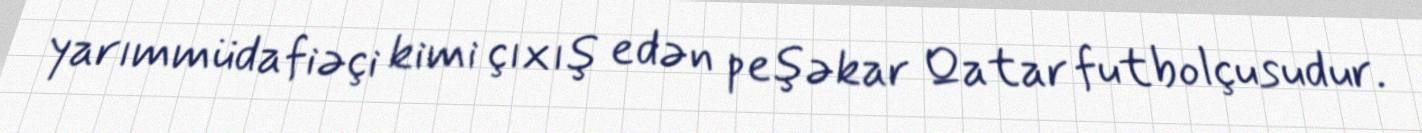
yarımmüdafiəçi kimi çıxış edən peşəkar Qatar futbolçusudur.